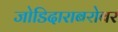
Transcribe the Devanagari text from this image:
जोडिदाराबरोबर